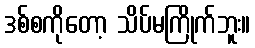
ဒစ်စကိုတော့ သိပ်မကြိုက်ဘူး။